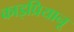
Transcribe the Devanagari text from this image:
काइप्रियानू